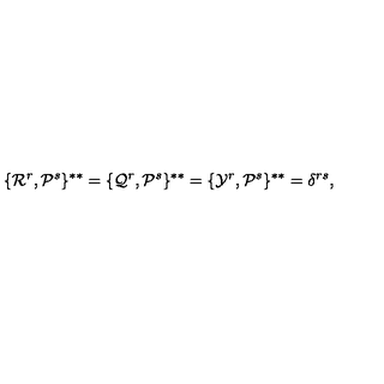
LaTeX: \{ { \cal R } ^ { r } , { \cal P } ^ { s } \} ^ { * * } = \{ { \cal Q } ^ { r } , { \cal P } ^ { s } \} ^ { * * } = \{ { \cal Y } ^ { r } , { \cal P } ^ { s } \} ^ { * * } = \delta ^ { r s } ,